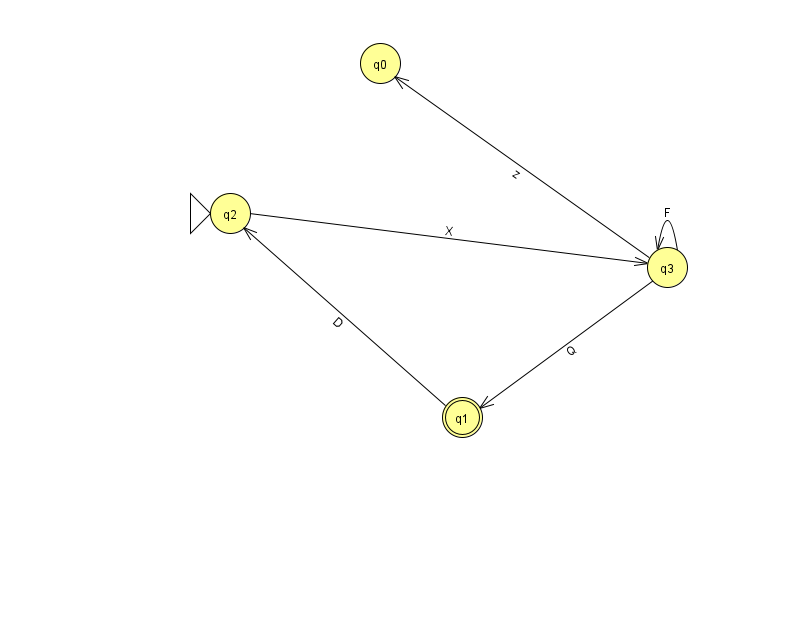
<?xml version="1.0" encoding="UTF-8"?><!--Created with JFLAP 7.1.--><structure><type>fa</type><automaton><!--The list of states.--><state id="0" name="q0"><x>380.0</x><y>50.0</y></state><state id="1" name="q1"><x>462.0</x><y>404.0</y><final/></state><state id="2" name="q2"><x>230.0</x><y>200.0</y><initial/></state><state id="3" name="q3"><x>667.0</x><y>254.0</y></state><!--The list of transitions.--><transition><from>2</from><to>3</to><read>X</read></transition><transition><from>3</from><to>0</to><read>z</read></transition><transition><from>3</from><to>1</to><read>Q</read></transition><transition><from>3</from><to>3</to><read>F</read></transition><transition><from>1</from><to>2</to><read>D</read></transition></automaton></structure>